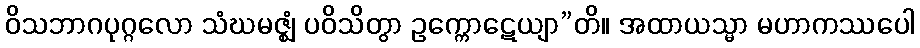
ဝိသဘာဂပုဂ္ဂလော သံဃမဇ္ဈံ ပဝိသိတွာ ဥက္ကောဋေယျာ”တိ။ အထာယသ္မာ မဟာကဿပေါ